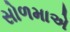
સોળમાએ